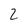
Character: 2